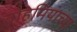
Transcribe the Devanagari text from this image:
बोहेमियाच्या